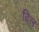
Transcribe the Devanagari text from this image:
ढिल